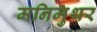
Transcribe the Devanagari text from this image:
मनिमुथर